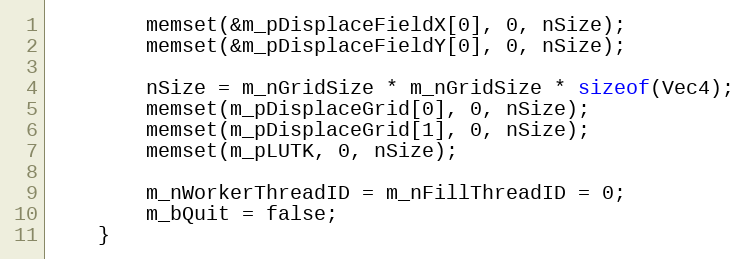
Language: C++
		memset(&m_pDisplaceFieldX[0], 0, nSize);
		memset(&m_pDisplaceFieldY[0], 0, nSize);

		nSize = m_nGridSize * m_nGridSize * sizeof(Vec4);
		memset(m_pDisplaceGrid[0], 0, nSize);
		memset(m_pDisplaceGrid[1], 0, nSize);
		memset(m_pLUTK, 0, nSize);

		m_nWorkerThreadID = m_nFillThreadID = 0;
		m_bQuit = false;
	}